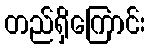
တည်ရှိကြောင်း